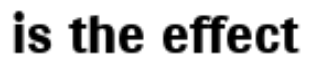
is the effect